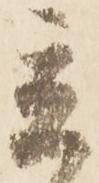
立